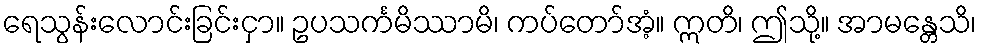
ရေသွန်းလောင်းခြင်းငှာ။ ဥပသင်္ကမိဿာမိ၊ ကပ်တော်အံ့။ ဣတိ၊ ဤသို့။ အာမန္တေသိ၊